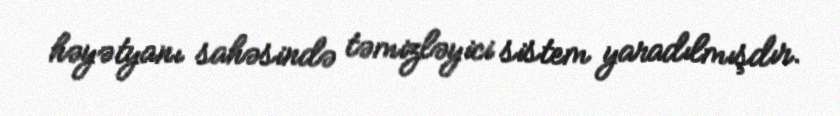
həyətyanı sahəsində təmizləyici sistem yaradılmışdır.